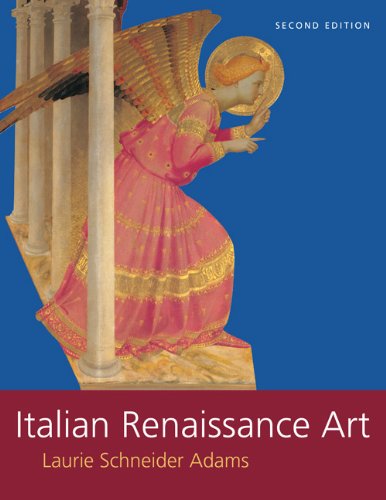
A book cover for Italian Renaissance Art; Laurie Schneider Adams; History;